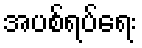
အပစ်ရပ်ရေး